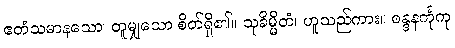
ဧတံသမာနသော၊ တူမျှသော စိတ်ရှိ၏။ သုခိမ္မိတံ၊ ဟူသည်ကား။ စန္ဒနင်္ကုကု